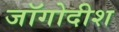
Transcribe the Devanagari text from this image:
जॉगोदीश